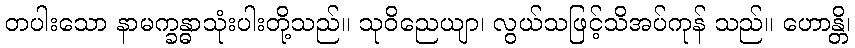
တပါးသော နာမက္ခန္ဓာသုံးပါးတို့သည်။ သုဝိညေယျာ၊ လွယ်သဖြင့်သိအပ်ကုန် သည်။ ဟောန္တိ၊